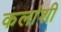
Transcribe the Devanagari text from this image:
कलांशी